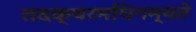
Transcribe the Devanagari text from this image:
तदक्षरमधिगम्यते